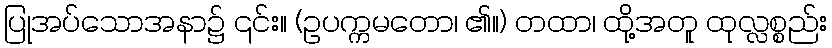
ပြုအပ်သောအနာ၌ ၎င်း။ (ဥပက္ကမတော၊ ၏။) တထာ၊ ထို့အတူ ထုလ္လစ္စည်း